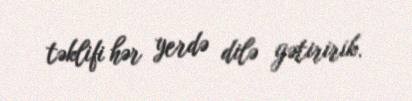
təklifi hər yerdə dilə gətiririk.